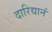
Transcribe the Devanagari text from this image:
दारिद्यानं